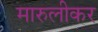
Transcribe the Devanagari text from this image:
मारुलीकर